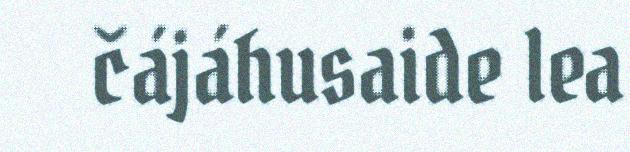
čájáhusaide lea